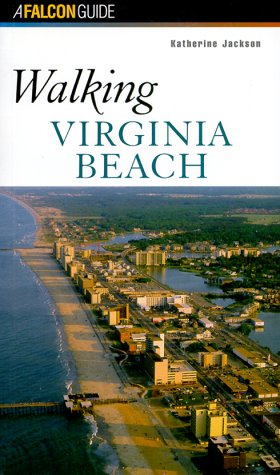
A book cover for Walking Virginia Beach (Walking Guides); Katherine Jackson; Travel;